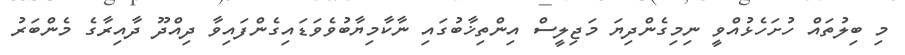
މި ބިލުތައް ހުށަހެޅުއްވީ ނިމިގެންދިޔަ މަޖިލީސް އިންތިޚާބުގައި ނާކާމިޔާބުވެވަޑައިގެންފައިވާ ދިއްދޫ ދާއިރާގެ މެންބަރު